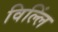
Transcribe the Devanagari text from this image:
विल्लिं